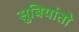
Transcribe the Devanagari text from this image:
सुबियांतो